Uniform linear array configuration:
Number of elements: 16
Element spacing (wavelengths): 1
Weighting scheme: hann
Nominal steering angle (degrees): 30
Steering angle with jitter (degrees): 31.138
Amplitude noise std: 0.05
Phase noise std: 0.05

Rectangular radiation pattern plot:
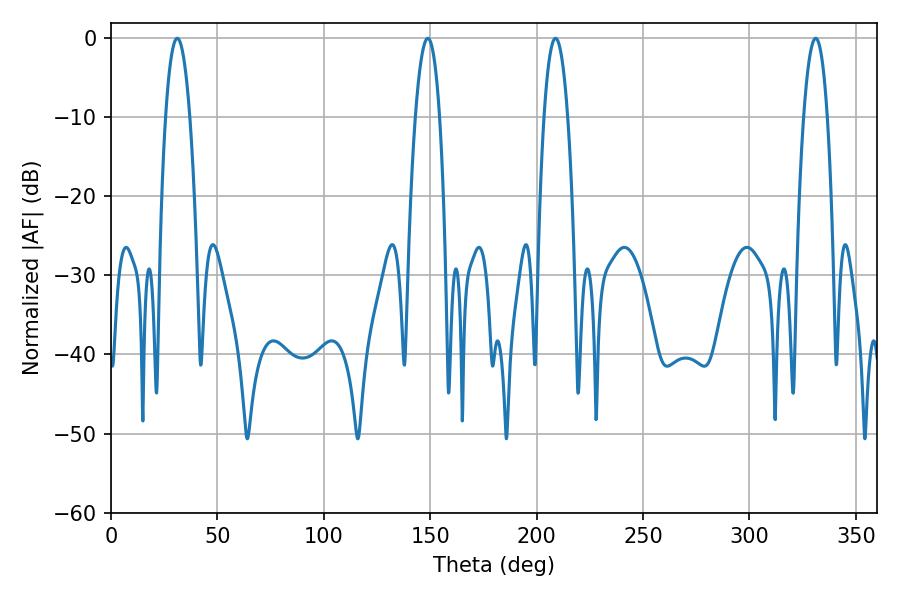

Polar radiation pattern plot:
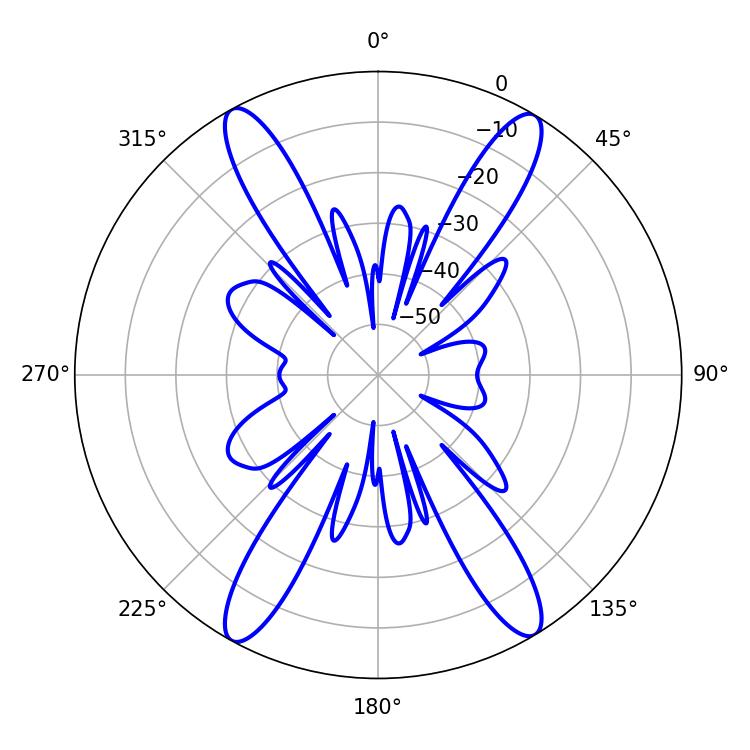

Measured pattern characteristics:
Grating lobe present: TRUE
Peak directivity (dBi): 22.928
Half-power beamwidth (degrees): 6.3
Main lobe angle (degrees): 31.14